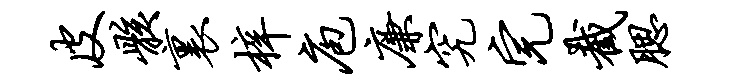
皮骸里梓庖廉究完截腮